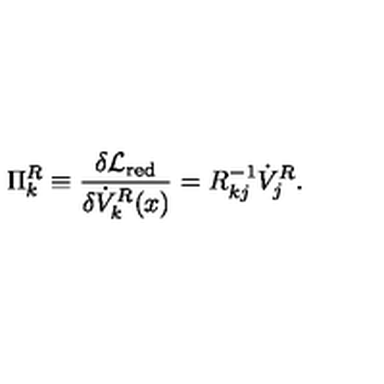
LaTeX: \Pi _ { k } ^ { R } \equiv { \frac { \delta { \cal L } _ { \mathrm { r e d } } } { \delta \dot { V } _ { k } ^ { R } ( x ) } } = R _ { k j } ^ { - 1 } \dot { V } _ { j } ^ { R } .